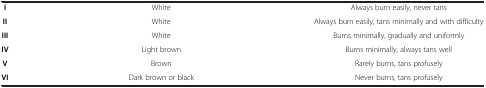
<table><thead><tr><td colspan="3"><b> </b></td></tr></thead><tbody><tr><td><b>I</b></td><td>White</td><td>Always burn easily, never tans</td></tr><tr><td><b>II</b></td><td>White</td><td>Always burn easily, tans minimally and with difficulty</td></tr><tr><td><b>III</b></td><td>White</td><td>Burns minimally, gradually and uniformly</td></tr><tr><td><b>IV</b></td><td>Light brown</td><td>Burns minimally, always tans well</td></tr><tr><td><b>V</b></td><td>Brown</td><td>Rarely burns, tans profusely</td></tr><tr><td><b>VI</b></td><td>Dark brown or black</td><td>Never burns, tans profusely</td></tr></tbody></table>